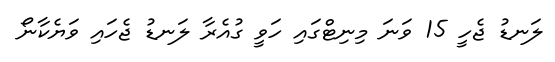
ލަނޑު ޖެހީ 15 ވަނަ މިނިޓްގައި ހަވީ ގުއެރާ ލަނޑު ޖެހައި ވަޔެކާނޯ